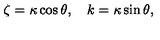
\zeta = \kappa \cos \theta , \quad k = \kappa \sin \theta ,